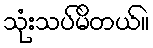
သုံးသပ်မိတယ်။